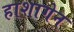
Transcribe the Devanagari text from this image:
हाशागेन